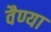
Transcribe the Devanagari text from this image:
वैण्या